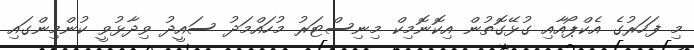
މި ފަހަރުގެ އެކްޕޯއާއި ގުޅޭގޮތުން އިކޮނޮމިކް މިނިސްޓަރު މުހައްމަދު ސައީދު ވިދާޅުވީ ކުންމިންގައި